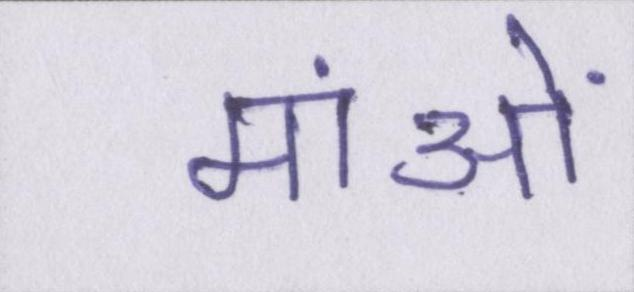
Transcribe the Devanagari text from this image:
मांओं